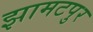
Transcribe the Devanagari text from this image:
झामटपुर